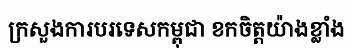
ក្រសួងការបរទេសកម្ពុជា ខកចិត្តយ៉ាងខ្លាំង